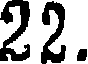
22.